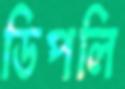
ডিপলি